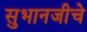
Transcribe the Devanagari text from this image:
सुभानजीचे